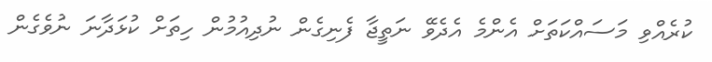
ކުރެއްވި މަސައްކަތަށް އެންމެ އެދެވޭ ނަތީޖާ ފެނިގެން ނުދިއުމުން ހިތަށް ކުޅަދާނަ ނުވެގެން